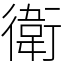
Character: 衛